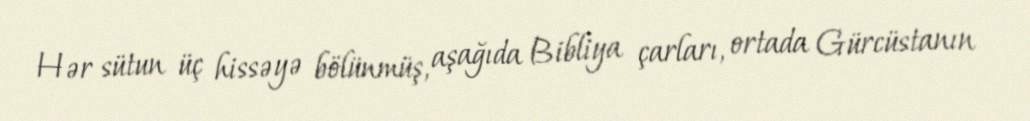
Hər sütun üç hissəyə bölünmüş, aşağıda Bibliya çarları, ortada Gürcüstanın